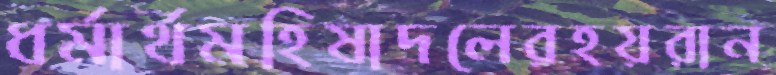
ধর্মার্থমহিষাদলেরহয়রান